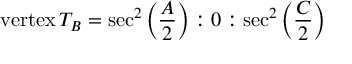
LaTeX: { \mathrm { v e r t e x } } \, T _ { B } = \sec ^ { 2 } \left( { \frac { A } { 2 } } \right) : 0 : \sec ^ { 2 } \left( { \frac { C } { 2 } } \right)